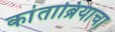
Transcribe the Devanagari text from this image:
कांताब्रियाचा